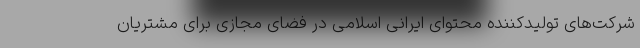
شرکت‌های تولیدکننده محتوای ایرانی اسلامی در فضای مجازی برای مشتریان